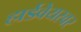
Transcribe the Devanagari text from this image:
हार्डवेयरवर